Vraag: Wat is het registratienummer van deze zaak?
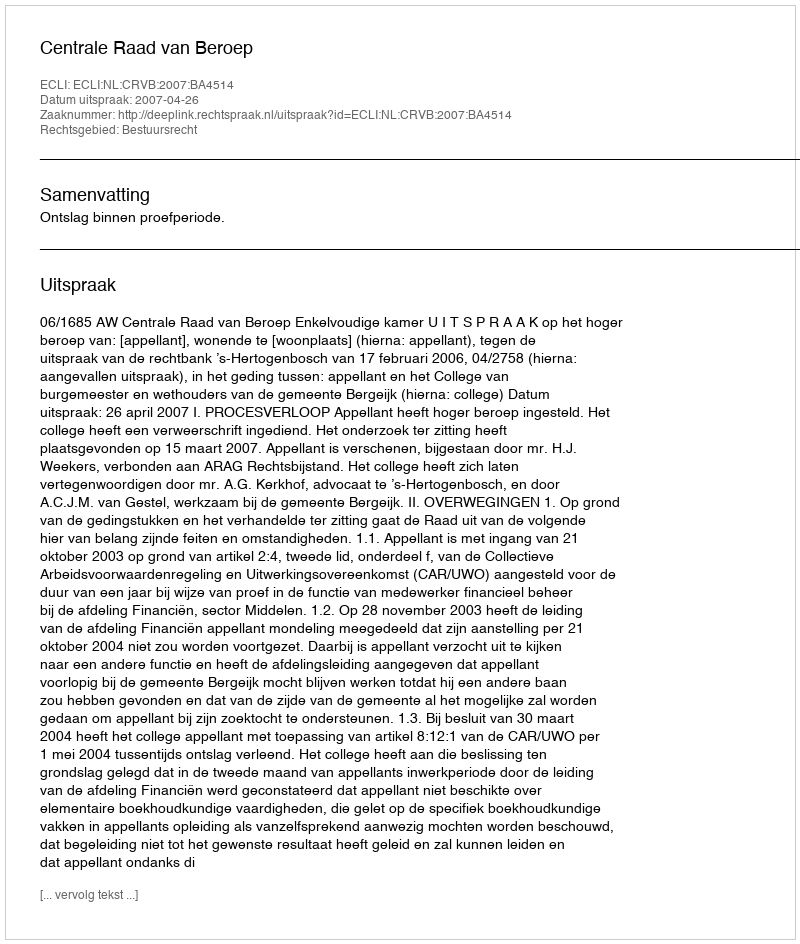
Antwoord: http://deeplink.rechtspraak.nl/uitspraak?id=ECLI:NL:CRVB:2007:BA4514